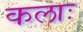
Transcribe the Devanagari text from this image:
कलाः